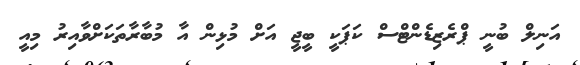
އަނިލް ބުނީ ޕްރެޒިޑެންޓްސް ކަޕަކީ ބީޖީ އަށް މުޅިން އާ މުބާރާތަކަށްވާއިރު މިއީ